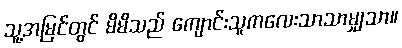
သူ့အမြင်တွင် မိမိသည် ကျောင်းသူကလေးသာသာမျှသာ။